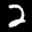
Label: 2